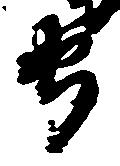
守